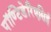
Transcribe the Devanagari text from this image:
पॉण्टिडेरिएसिई